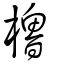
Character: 櫓